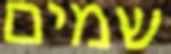
שמים